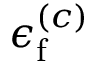
\epsilon _ { \mathrm { f } } ^ { ( c ) }